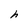
Character: h